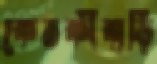
কেতকীবাড়ি